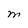
Character: M